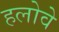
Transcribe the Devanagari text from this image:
हलोवे